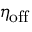
\eta _ { \mathrm { o f f } }